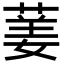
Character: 葁